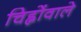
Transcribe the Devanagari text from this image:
चिह्नोंवाले